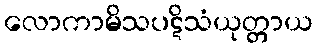
လောကာမိသပဋိသံယုတ္တာယ